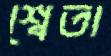
শ্বেতা